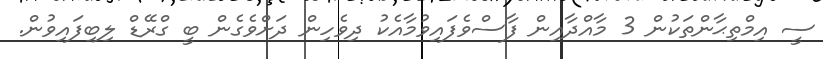
ސީ އިމްތިޙާންތަކުން 3 މާއްދާއިން ފާސްވެފައިވުމާއެކު ދިވެހިން ދަށްވެގެން ބީ ގްރޭޑް ލިބިފައިވުން.